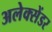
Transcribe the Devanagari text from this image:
अलेक्सेंडर